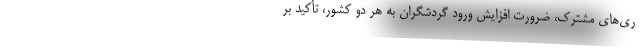
ری‌های مشترک، ضرورت افزایش ورود گردشگران به هر دو کشور، تأکید بر